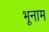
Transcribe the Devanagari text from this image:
भूनाम